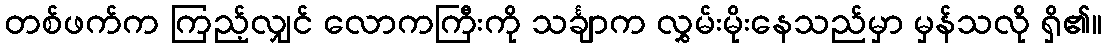
တစ်ဖက်က ကြည့်လျှင် လောကကြီးကို သင်္ချာက လွှမ်းမိုးနေသည်မှာ မှန်သလို ရှိ၏။